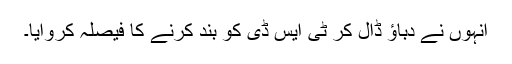
انہوں نے دباؤ ڈال کر ٹی ایس ڈی کو بند کرنے کا فیصلہ کروایا۔